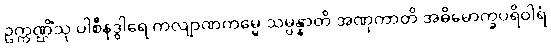
ဥက္ကဏ္ဌိံသု ပါစီနဒွါရေ ကလျာဏကမ္မေ သမ္ပန္နာတိ အဏုကာတိ အဓိမောက္ခပရိဝါရံ